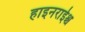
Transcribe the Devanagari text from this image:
हाइनराईश्च